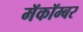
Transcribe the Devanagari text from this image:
मॅकॉम्बर